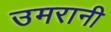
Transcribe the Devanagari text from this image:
उमरानी